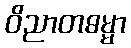
ဝိညာတဓမ္မာ